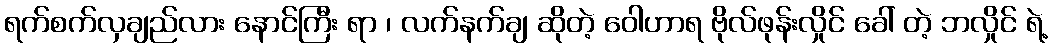
ရက်စက်လှချည်လား နောင်ကြီး ရာ ၊ လက်နက်ချ ဆိုတဲ့ ဝေါဟာရ ဗိုလ်ဖုန်းလှိုင် ခေါ် တဲ့ ဘလှိုင် ရဲ့